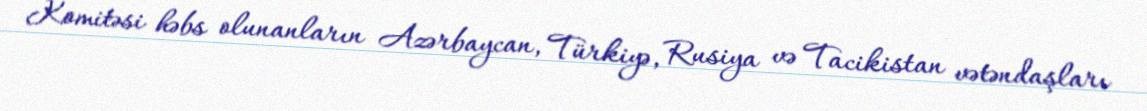
Komitəsi həbs olunanların Azərbaycan, Türkiyə, Rusiya və Tacikistan vətəndaşları